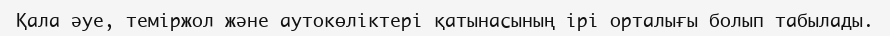
Қала әуе, теміржол және аутокөліктері қатынасының ірі орталығы болып табылады.